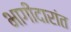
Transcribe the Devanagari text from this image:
भागीदारांत